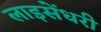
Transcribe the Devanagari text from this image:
लाइसेंधरी